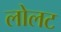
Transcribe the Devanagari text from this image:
लोलट